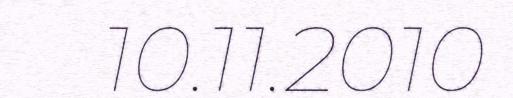
10.11.2010